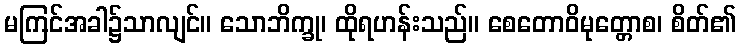
မကြင်အခါ၌သာလျင်။ သောဘိက္ခု၊ ထိုရဟန်းသည်။ စေတောဝိမုတ္တောစ၊ စိတ်၏